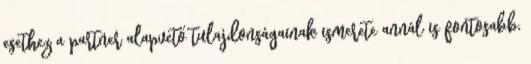
esethez a partner alapvető tulajdonságainak ismerete annál is fontosabb,